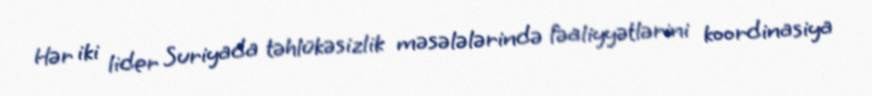
Hər iki lider Suriyada təhlükəsizlik məsələlərində fəaliyyətlərini koordinasiya